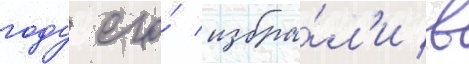
году его́ избра́л'и в